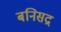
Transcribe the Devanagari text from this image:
बनिसद्र